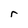
Character: r